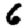
Digit: 6